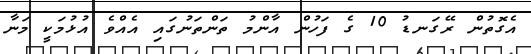
އެގޮތުން ރޭގަނޑު 10 ގެ ފަހުން އާންމު ތަންތަނުގައި އެއްވެ އުޅުމަކީ މަނާ